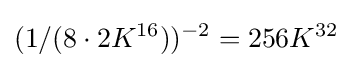
(1/(8\cdot 2K^{16}))^{-2}=256K^{32}